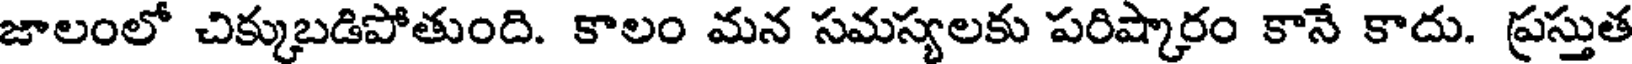
జాలంలో చిక్కుబడిపోతుంది. కాలం మన సమస్యలకు పరిష్కారం కానే కాదు. ప్రస్తుత